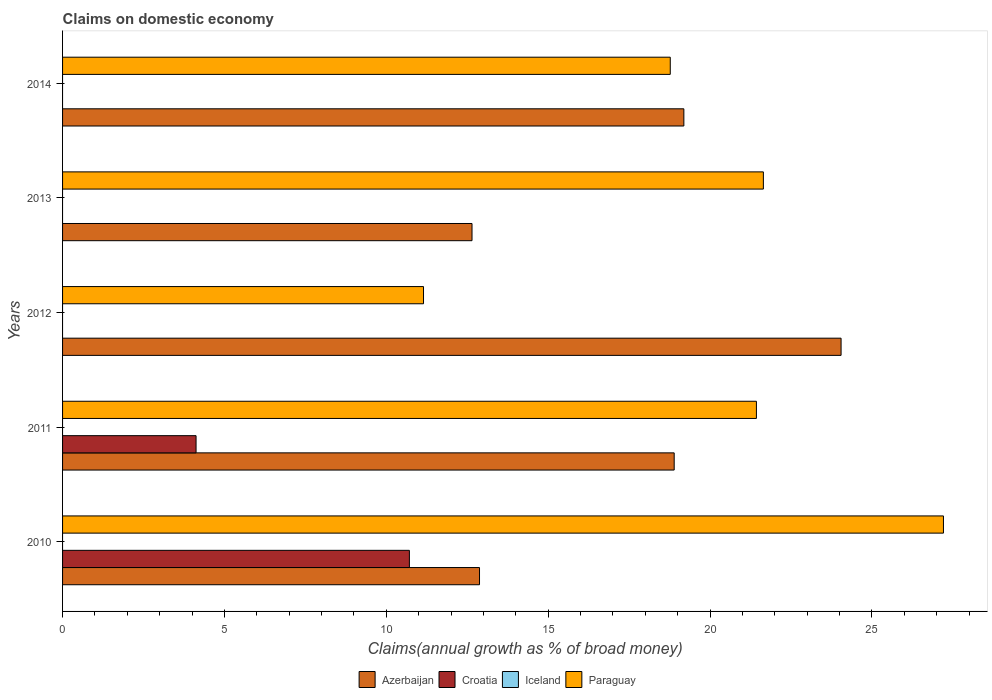
| Years | Azerbaijan | Croatia | Iceland | Paraguay |
 | --- | --- | --- | --- | --- |
 | 2010 | 12.9 | 10.7 | -29.2 | 27.2 |
 | 2011 | 18.9 | 4.12 | -58.1 | 21.4 |
 | 2012 | 24 | -4.78 | -25.5 | 11.1 |
 | 2013 | 12.6 | -5.68 | -13.6 | 21.6 |
 | 2014 | 19.2 | -0.827 | -8.19 | 18.8 |